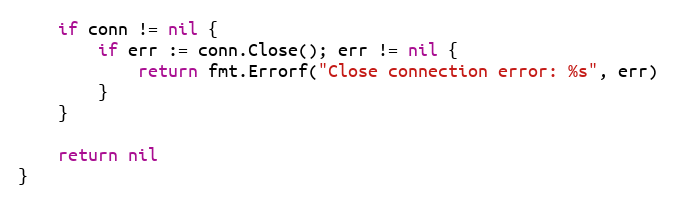
Language: Go
	if conn != nil {
		if err := conn.Close(); err != nil {
			return fmt.Errorf("Close connection error: %s", err)
		}
	}

	return nil
}